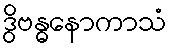
ဒွိဗန္ဓနောကာသံ